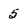
Character: 5